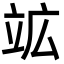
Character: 䇊